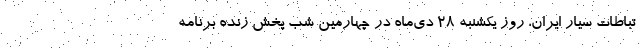
تباطات سیار ایران، روز یکشنبه ٢٨ دی‌ماه در چهارمین شب پخش زنده برنامه